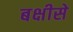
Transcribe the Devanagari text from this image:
बक्षीसे